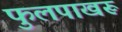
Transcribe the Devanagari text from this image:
फुलपाखरूं